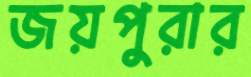
জয়পুরার